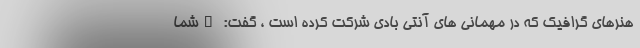
هنرهای گرافیک که در مهمانی های آنتی بادی شرکت کرده است ، گفت: "شما